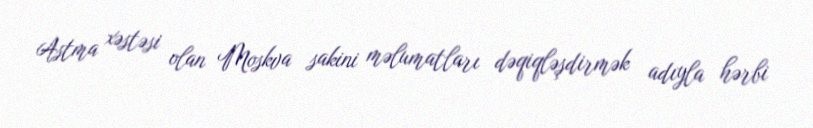
Astma xəstəsi olan Moskva sakini məlumatları dəqiqləşdirmək adıyla hərbi